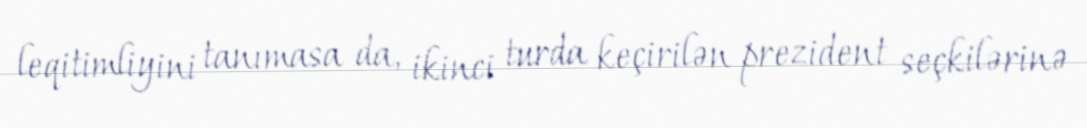
leqitimliyini tanımasa da, ikinci turda keçirilən prezident seçkilərinə